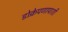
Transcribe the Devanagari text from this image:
डोक्रेपणापाशी